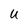
Character: U